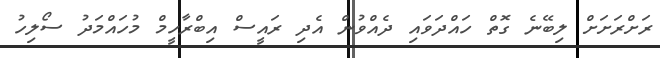
ރަށްރަށަށް ލިބޭނެ ގޮތް ހައްދަވައި ދެއްވުން އެދި ރައީސް އިބްރާހީމް މުހައްމަދު ސޯލިހު